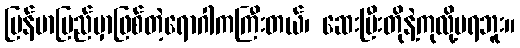
မြန်မာပြည်မှာဖြစ်တဲ့ရောဂါကကြီးတယ်၊ ဆေးမြီးတိုနဲ့ကုလို့မရဘူး။